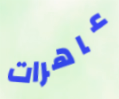
عاهرات